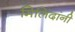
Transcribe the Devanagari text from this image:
मिलिंदांनी